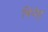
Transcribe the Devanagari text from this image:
चिनेह